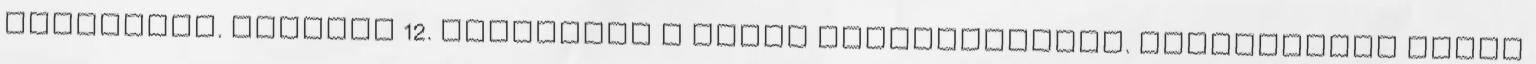
Tripoliba. február 12. Megalakul a Német Afrikahadtest. Parancsnoka Erwin